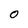
Character: 0